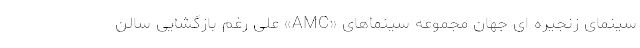
سینمای زنجیره ای جهان مجموعه سینماهای «AMC» علی رغم بازگشایی سالن